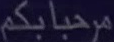
مرحباًبكم